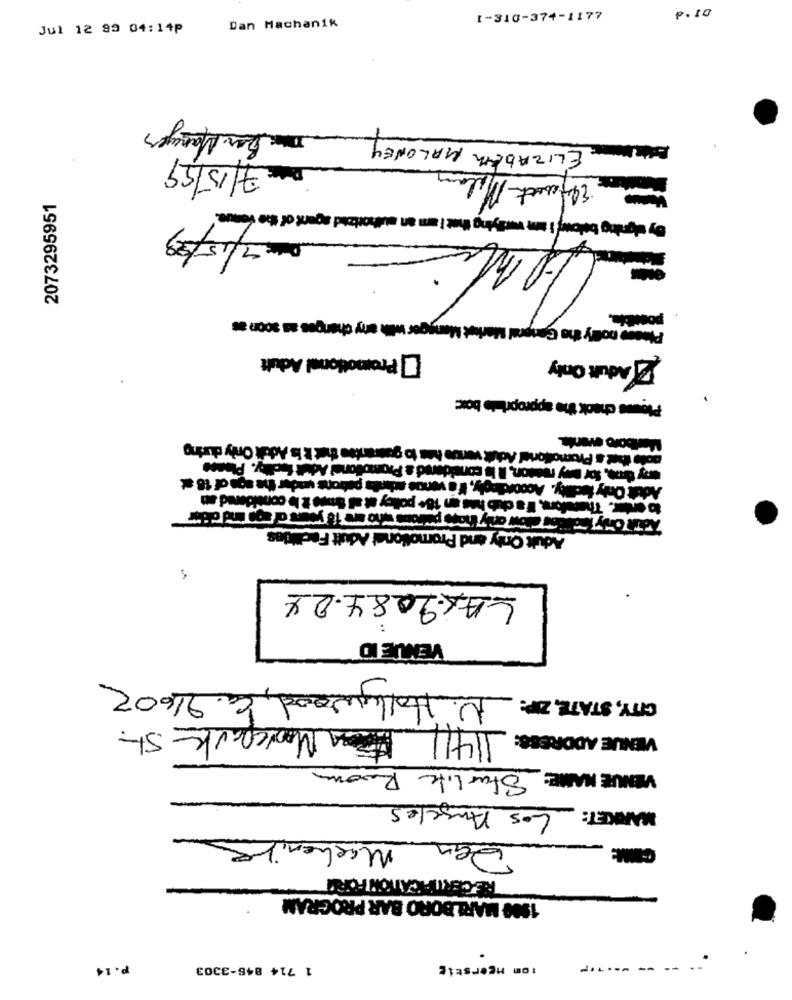
4211-+26-018-1
Jul 12 99 04:14P
Dan Machanik
De Ber Manager
ELIZABETH MALONEY
Date 7/15/99
2073295951
im lying itet i am an authorized agent of the venue.
By signing belowft
Data: 7/15/99
Please nofly the General Merlot Manager with any changes as soon as
po
Promotional Adult
Adult Only
Plows check the appropriate boxc:
Marlboro events.
pois thet a Promotional Adult verte hes to guarantee that i is Adult Only during
la petons under the son of 16 at
mrofor, If's club has an 18+ policy at al Sove i le considered an
to enter. Thank
Adult Only and Promotionet Adult Facilides
LAX 9084.04
VENUE ID
CITY, STATE, ZIP: N. Hollywood, Ca. 91602
VENUE ADDRESS: 11411 Moorepark Str.
VENUE NAME: Starlite Room
Los Angeles
MARKET:
Machenite
Den
RECERTIFICATION FORT
1900 MARLBORO BAR PROGRAM
p.14
1 714 846-3303
com mcerstig
----------